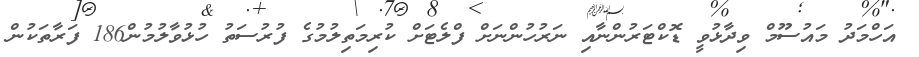
އަހްމަދު މައުސޫމް ވިދާޅުވީ ޑޮކްޓަރުންނާއި ނަރުހުންނަށް ފްލެޓަށް ކުރިމަތިލުމުގެ ފުރުސަތު ހުޅުވާލުމުން186 ފަރާތަކުން